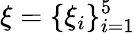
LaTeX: \xi=\{ \xi_{i}\} _{i=1}^{5}